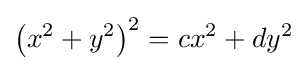
\left(x^{2}+y^{2}\right)^{2}=cx^{2}+dy^{2}